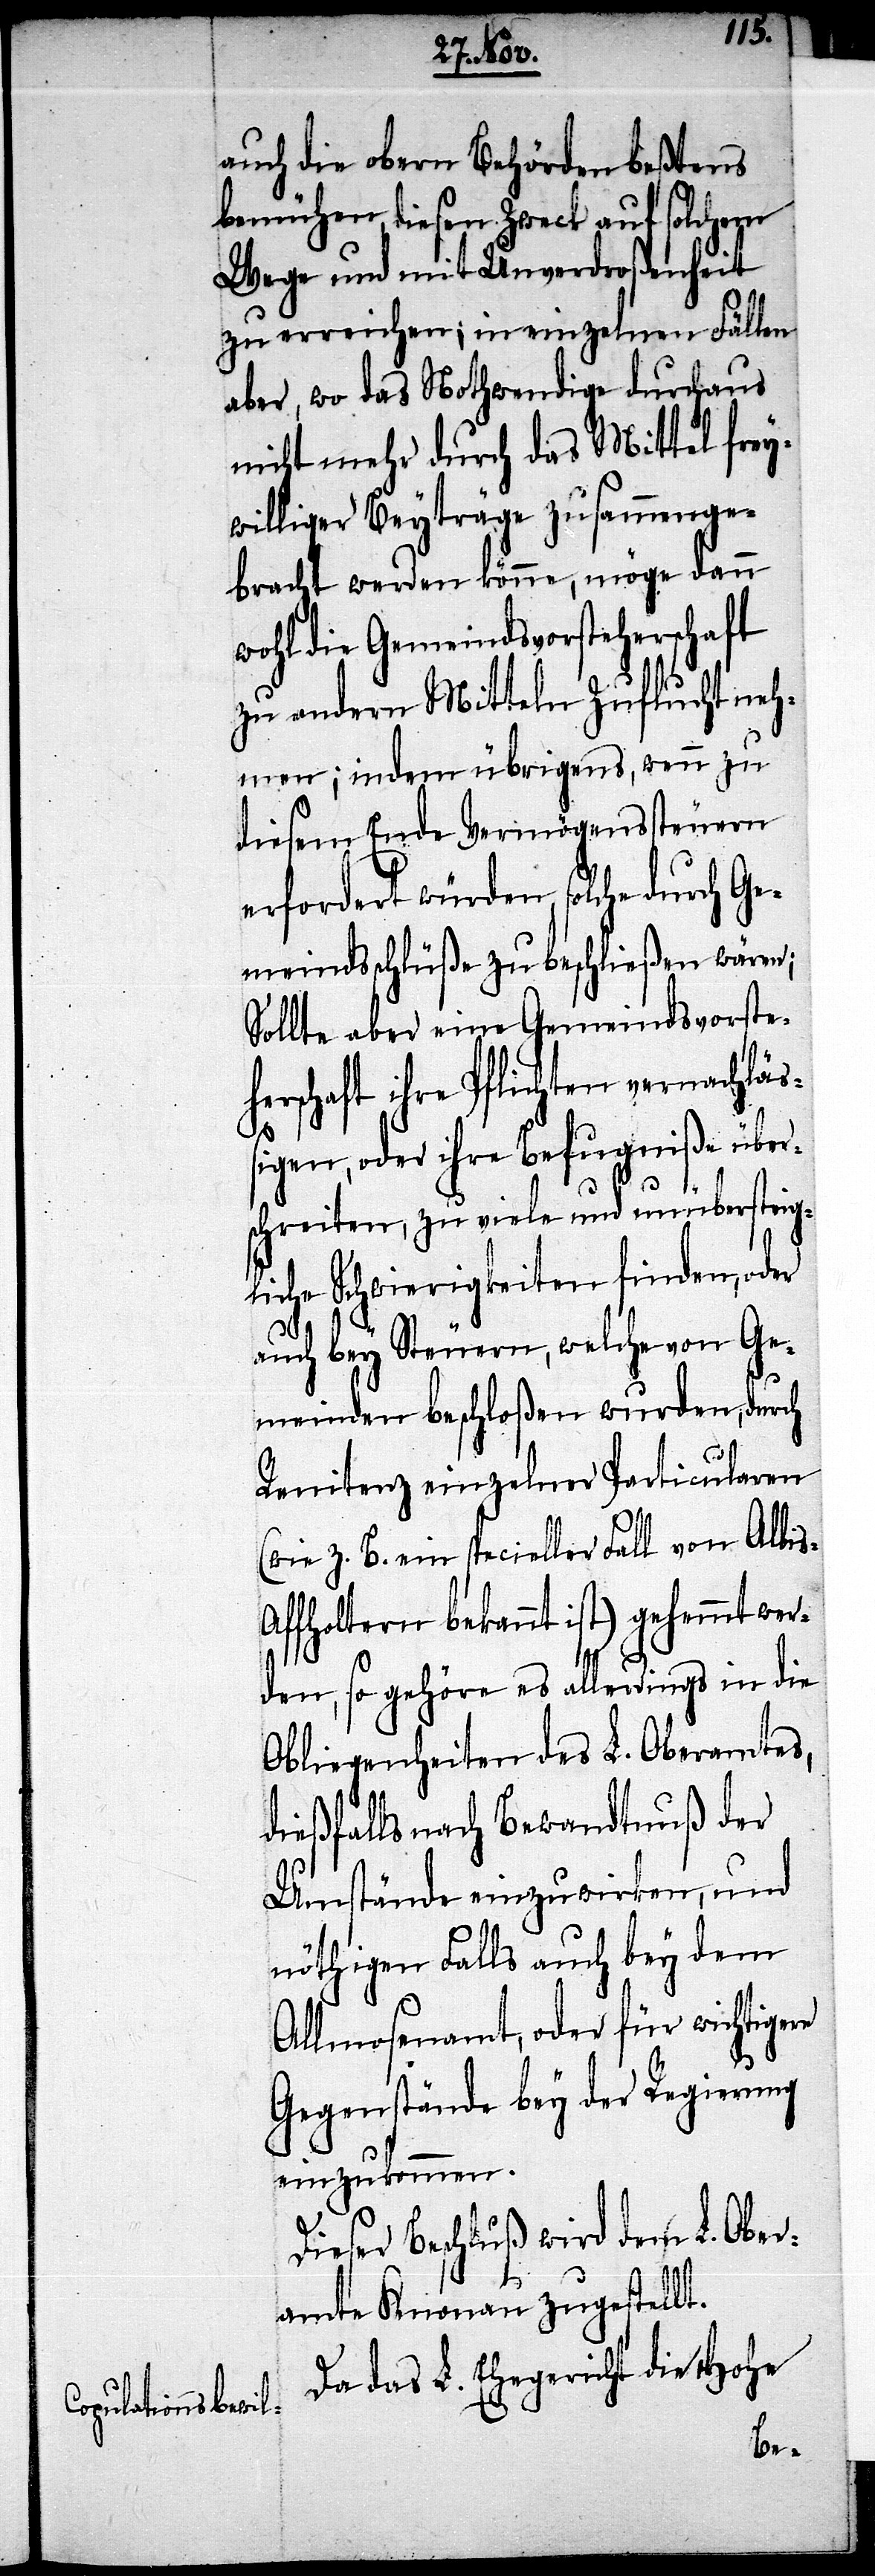
auch die obern Behörden beßtens
bemühen, diesen Zweck auf solchem
Wege und mit Unverdroßenheit
zu erreichen; in einzelnen Fällen
aber, wo das Nothwendige durchaus
nicht mehr durch das Mittel frey¬
williger Beyträge zusammenge¬
bracht werden könne, möge dann
wohl die Gemeindsvorsteherschaft
zu andern Mitteln Zuflucht neh¬
men; indem übrigens, wenn zu
diesem Ende Vermögenssteuern
erfordert würden, solche durch Ge¬
meindsbeschlüße zu beschließen wären;
Sollte aber eine Gemeindsvorste¬
herschaft ihre Pflichten vernachläß¬
igen, oder ihre Befugniße über¬
schreiten, zu viele und unübersteig¬
liche Schwierigkeiten finden, oder
auch bey Steuern, welche von Ge¬
meinden beschloßen wurden, durch
Remitenz einzelner Particularen
(wie z. B. ein specieller Fall von Albis-A¬
ffholtern bekannt ist) gehemmt wer¬
re
den, so gehöre es allerdings in die
Obliegenheiten des L. Oberamtes,
dießfalls nach Bewandtnuß der
Umstände einzuwirken, und
nöthigen Falls auch bey dem
Almosenamt, oder für wichtige¬
Gegenstände bey der Regierung
einzukommen.
Dieser Beschluß wird dem L. Ober¬
amte Knonau zugestellt.
Da das L. Ehegericht die Hohe